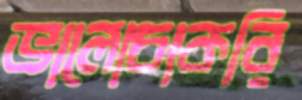
ভালোচাকরি